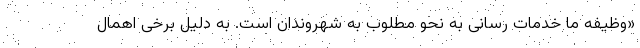
«وظیفه ما خدمات رسانی به نحو مطلوب به شهروندان است. به دلیل برخی اهمال